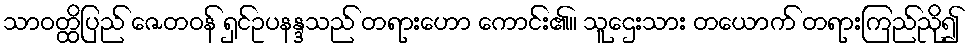
သာဝတ္ထိပြည် ဇေတဝန် ရှင်ဥပနန္ဒသည် တရားဟော ကောင်း၏။ သူဌေးသား တယောက် တရားကြည်ညို၍